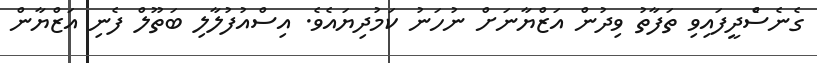
ގެނެސްެދީފައިވި ތަފާތު ވިދުން އަޒްޔާނަށް ނުހަނު ކަމުދިޔައެވެ. އިސްއުފުލާލި ބަތޫލް ފެނި އަޒްޔާން